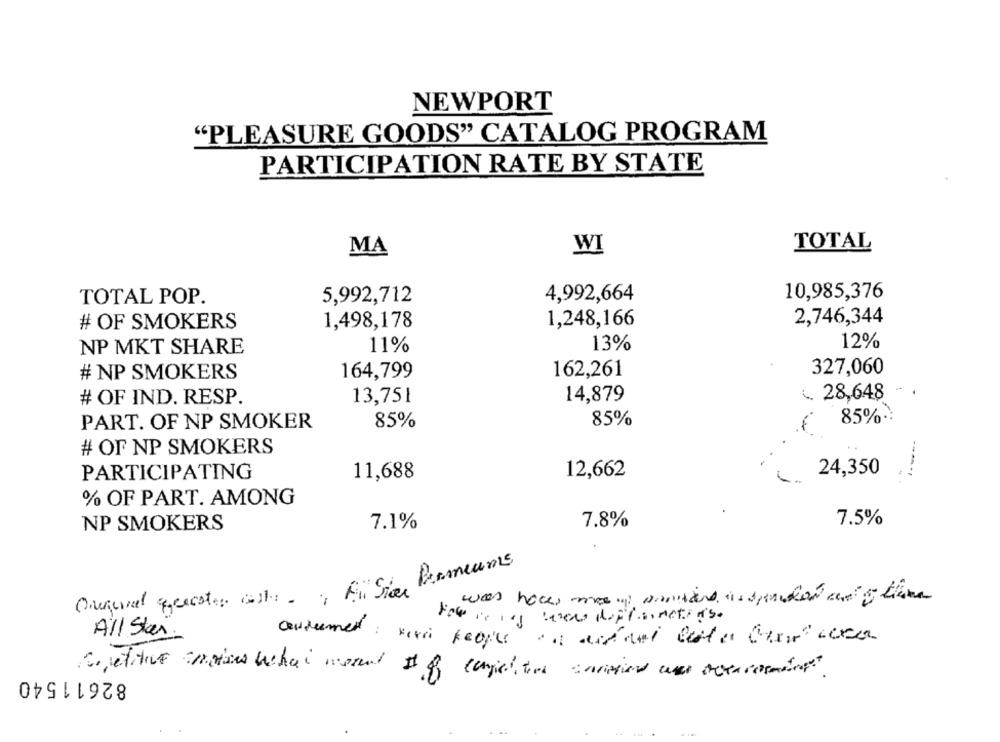
NEWPORT
"PLEASURE GOODS" CATALOG PROGRAM
PARTICIPATION RATE BY STATE
MA
WI
TOTAL
4,992,664
10,985,376
TOTAL POP.
5,992,712
2,746,344
# OF SMOKERS
1,498,178
1,248,166
11%
13%
12%
NP MKT SHARE
327,060
# NP SMOKERS
164,799
162,261
# OF IND. RESP.
13,751
14,879
L. 28,648
85%
85%
85%.
PART. OF NP SMOKER
# OF NP SMOKERS
PARTICIPATING
12,662
24,350
11,688
% OF PART. AMONG
NP SMOKERS
7.1%
7.8%
7.5%
Permeums
was haces mes up pomiand inspiration any time
For is in we diplomats as
All Star
82611540